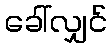
ခေါ်လျှင်